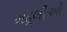
મઢૂલીઓ